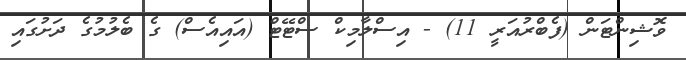
ވޮޝިންޓަން (ފެބްރުއަރީ 11) - އިސްލާމިކް ސްޓޭޓް (އައިއެސް) ގެ ބެލުމުގެ ދަށުގައި